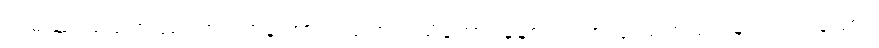
ဣမဿ သမဏဿ၊ ဤရဟန်းအား။ သတ္တမာသိကော၊ ခုနစ်လပတ်လုံးသုတ်သင်ခြင်းကင်းသော။